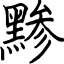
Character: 黪